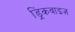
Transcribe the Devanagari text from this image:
ड्रिंकवाइज़